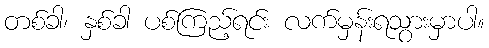
တစ်ခါ၊ နှစ်ခါ ပစ်ကြည့်ရင်း လက်မှန်းရသွားမှာပါ။